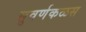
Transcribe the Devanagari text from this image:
सुवर्णकळस